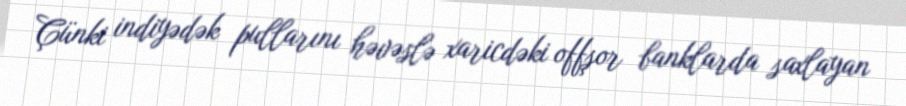
Çünki indiyədək pullarını həvəslə xaricdəki offşor banklarda saxlayan